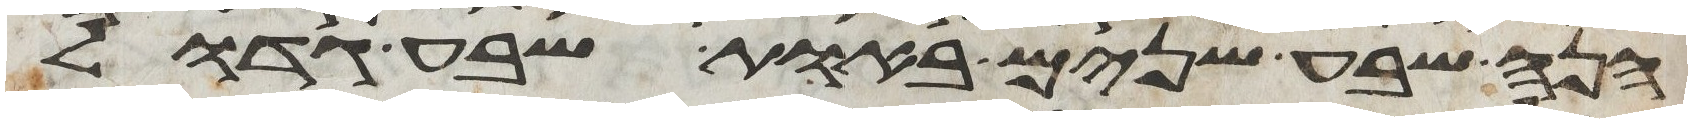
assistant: הנה שבע שנים באות שבע גדול